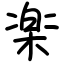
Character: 楽